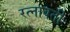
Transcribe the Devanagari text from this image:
रत्नावती